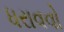
ધરાવવો